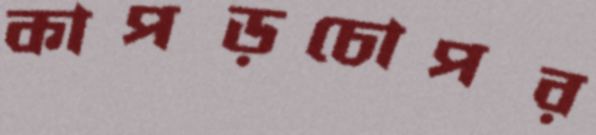
কাপড়চোপর